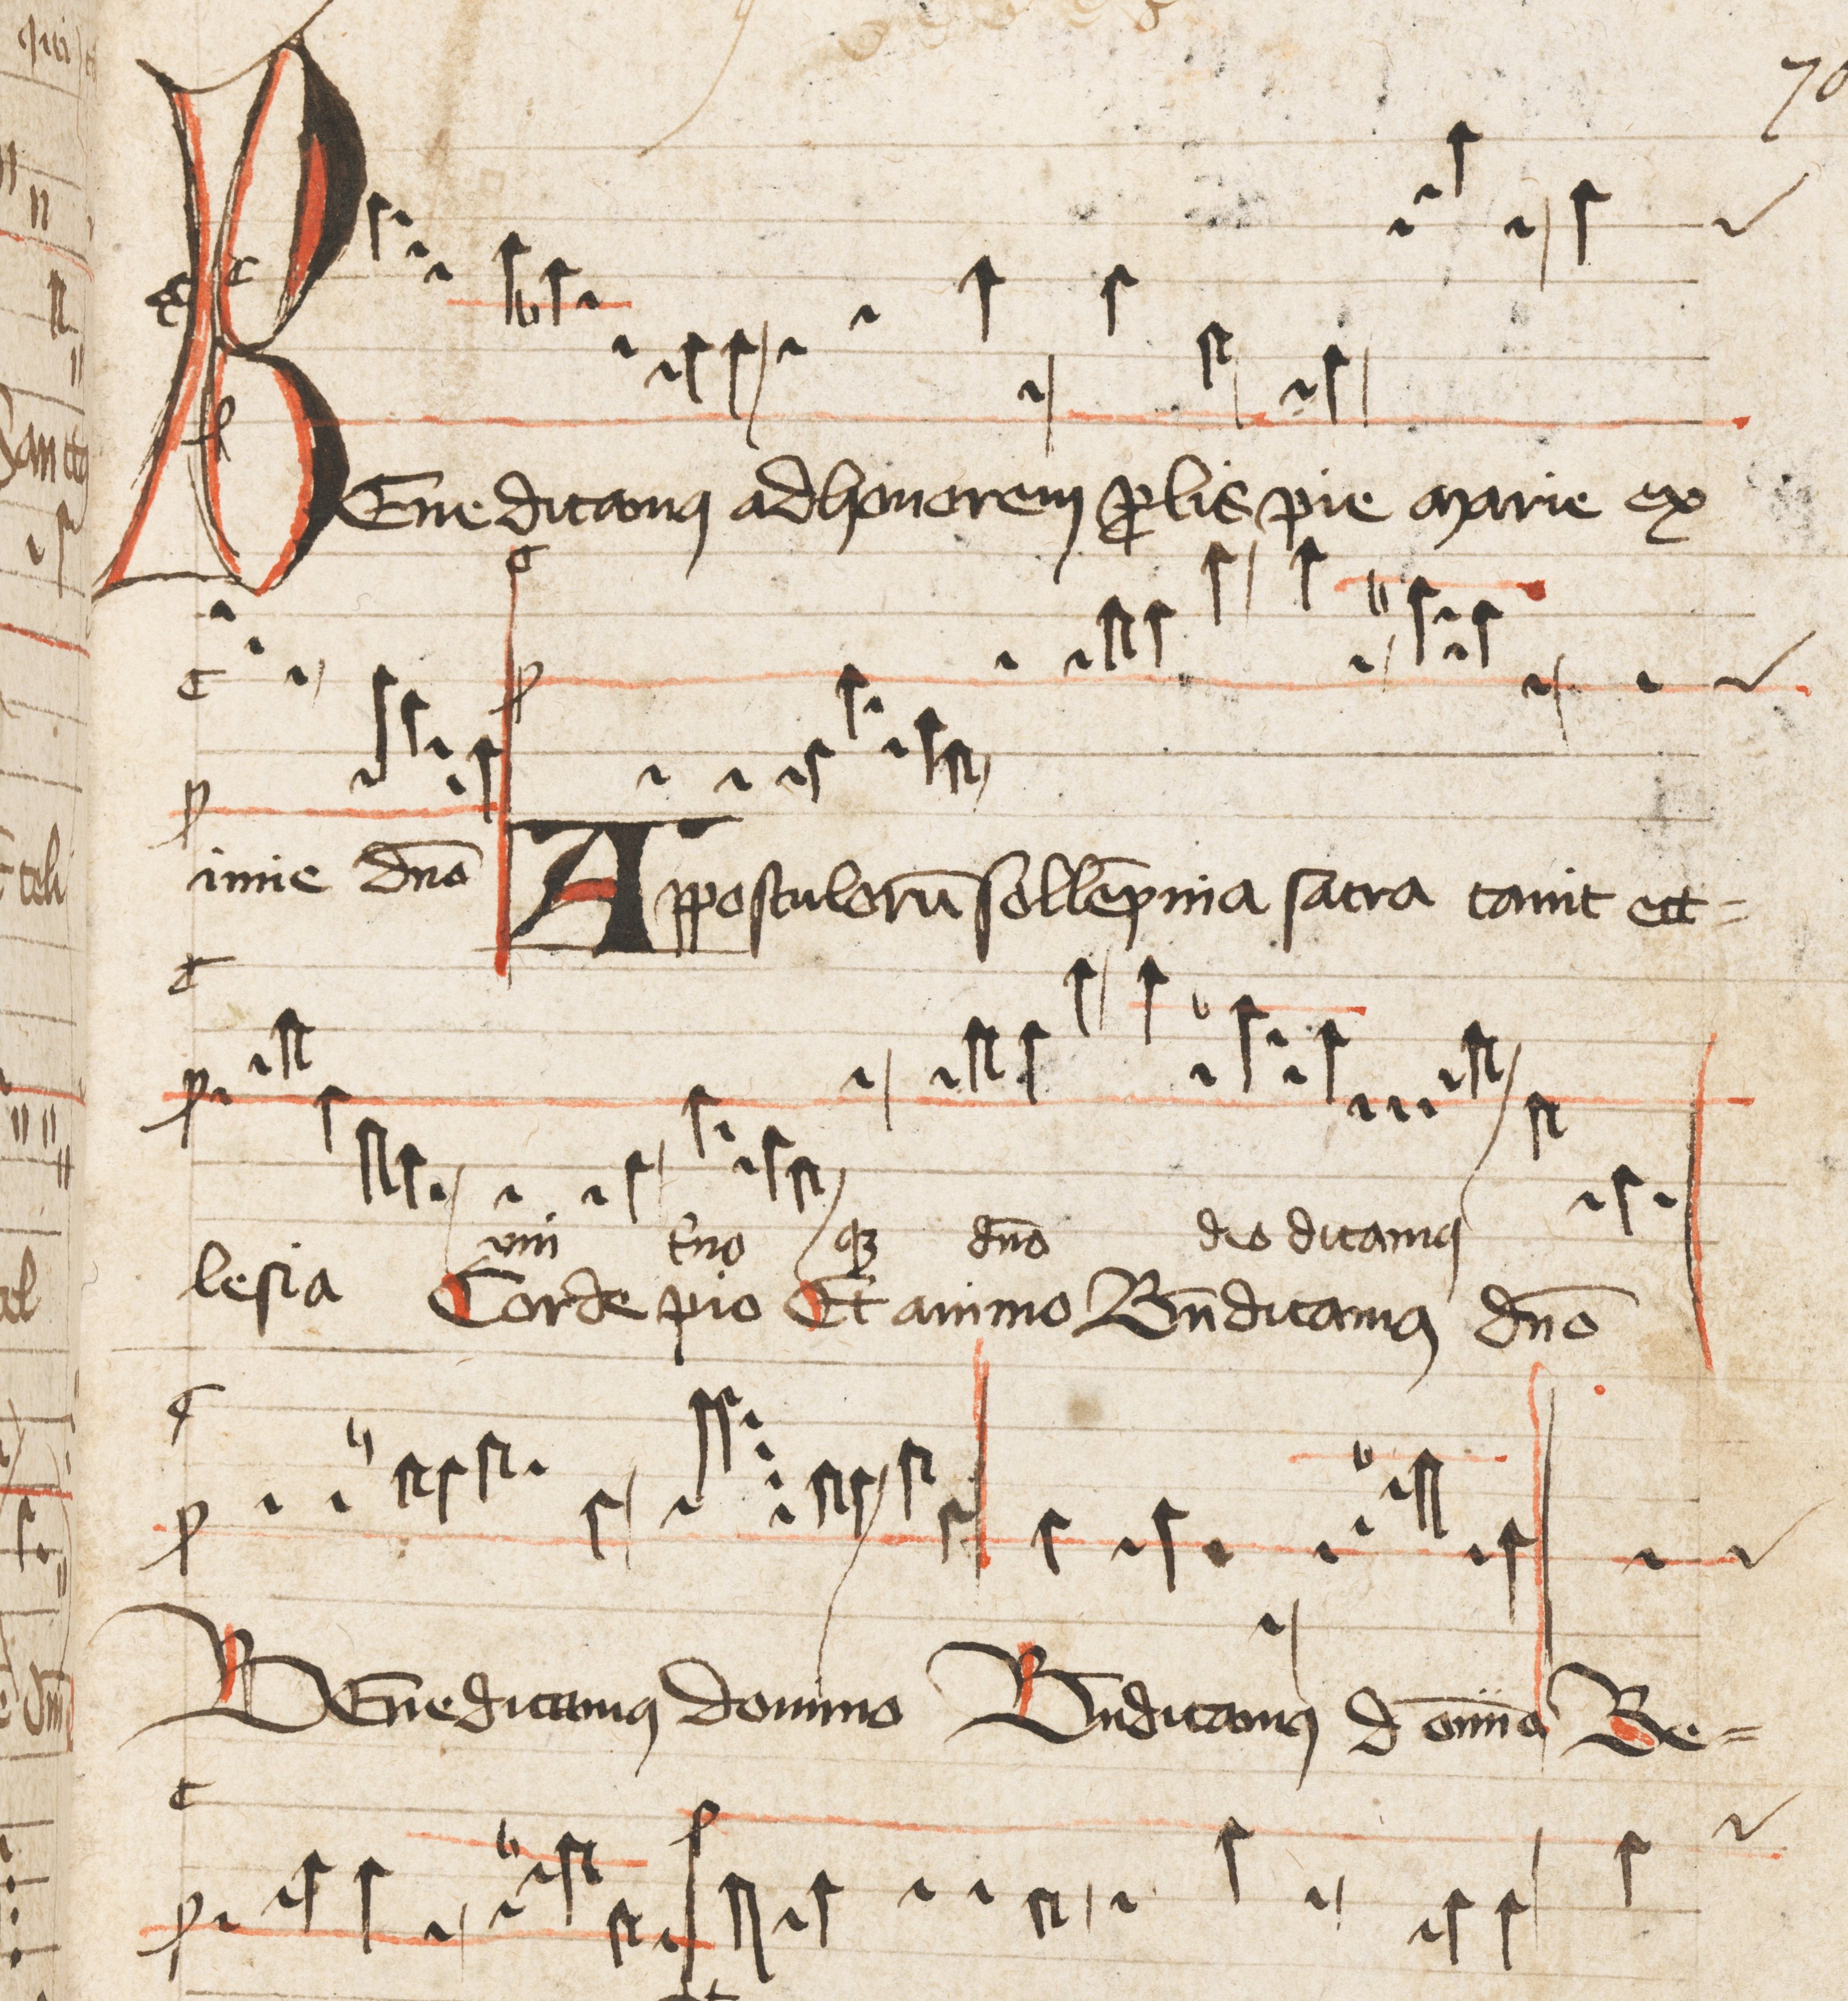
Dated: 1500–1599